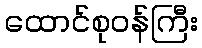
ထောင်စုဝန်ကြီး